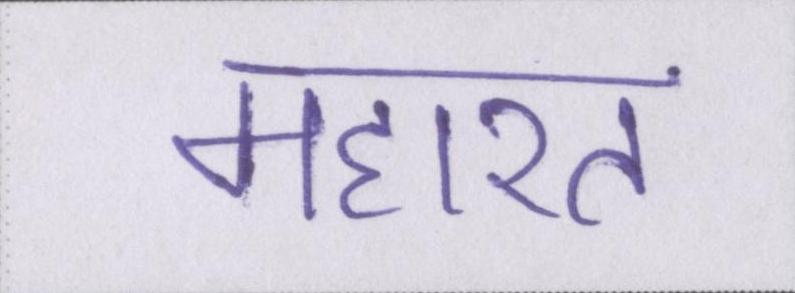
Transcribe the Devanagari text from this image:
महारत